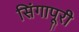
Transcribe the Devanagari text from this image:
सिंगापूरी